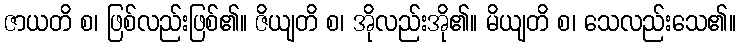
ဇာယတိ စ၊ ဖြစ်လည်းဖြစ်၏။ ဇိယျတိ စ၊ အိုလည်းအို၏။ မိယျတိ စ၊ သေလည်းသေ၏။